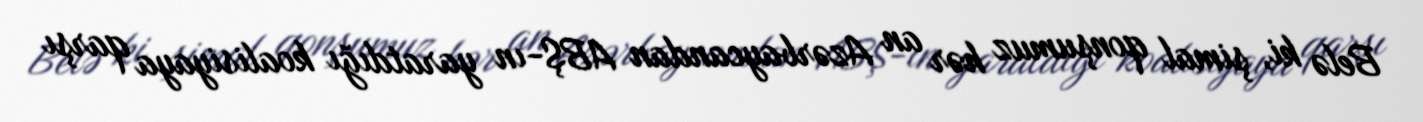
Belə ki, şimal qonşumuz hər an Azərbaycandan ABŞ-ın yaratdığı koalisiyaya qarşı